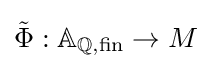
{\tilde {\Phi }}:\mathbb {A} _{\mathbb {Q} ,{\text{fin}}}\to M